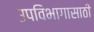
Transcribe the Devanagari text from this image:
उपविभागासाठी